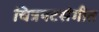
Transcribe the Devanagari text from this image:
चित्रपटसंगीत